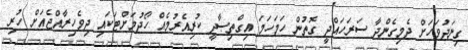
ގިނަދުވަހަށް ދެމިގެންދާ ސަރަހައްދީ ގޮތުން ހަމަހަމަ އިގްތިޞާދީ ކުރިއެރުމެއް ހޯދުމަށްޓަކައި ދިވެހިރާއްޖެއަށް ހުރި